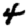
Digit: 4